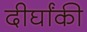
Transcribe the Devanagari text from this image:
दीर्घांकी